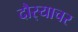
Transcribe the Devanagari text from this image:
दौर्‍याचर